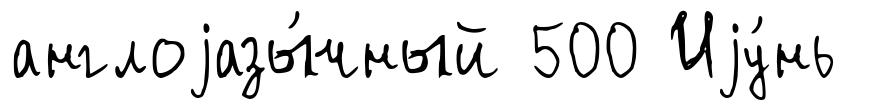
англоjазы́чный 500 Иjу́нь